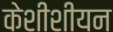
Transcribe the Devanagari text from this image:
केशीशीयन